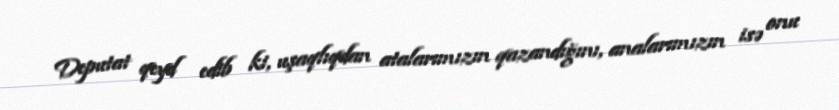
Deputat qeyd edib ki, uşaqlıqdan atalarımızın qazandığını, analarımızın isə onu